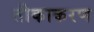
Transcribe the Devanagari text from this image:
तीकाकरण